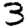
Digit: 3